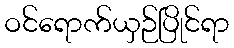
ဝင်ရောက်ယှဉ်ပြိုင်ရာ